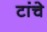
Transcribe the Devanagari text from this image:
टांचे